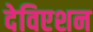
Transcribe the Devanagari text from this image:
देविएशन